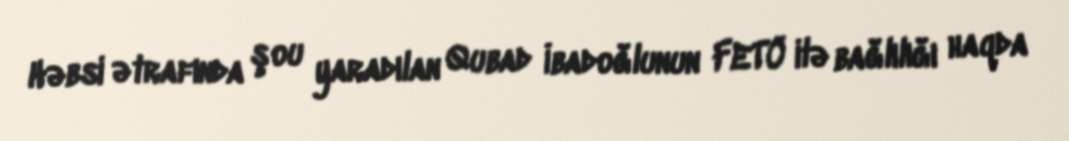
Həbsi ətrafında şou yaradılan Qubad İbadoğlunun FETÖ ilə bağlılığı haqda